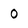
Character: O